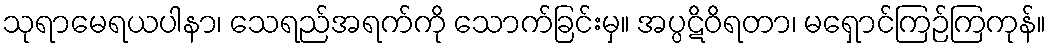
သုရာမေရယပါနာ၊ သေရည်အရက်ကို သောက်ခြင်းမှ။ အပ္ပဋိဝိရတာ၊ မရှောင်ကြဉ်ကြကုန်။